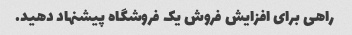
راهی برای افزایش فروش یک فروشگاه پیشنهاد دهید.